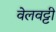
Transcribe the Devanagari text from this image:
वेलवट्टी